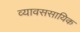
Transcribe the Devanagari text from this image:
व्यावससायिक